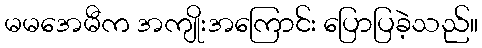
မမအေမီက အကျိုးအကြောင်း ပြောပြခဲ့သည်။